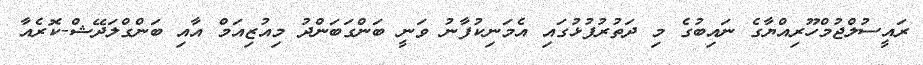
ރައީސުލްޖުމްހޫރިއްޔާގެ ނައިބުގެ މި ދަތުރުފުޅުގައި އެމަނިކުފާނު ވަނީ ބަންގަބަންދު މިއުޒިއަމް އާއި ބަންގްލަދޭޝް-ކޮރެއާ